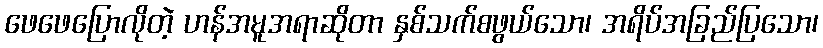
ဖေဖေပြောလိုတဲ့ ဟန်အမူအရာဆိုတာ နှစ်သက်စဖွယ်သော၊ အရိပ်အခြည်ပြသော၊